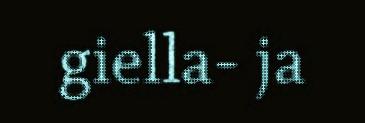
giella- ja